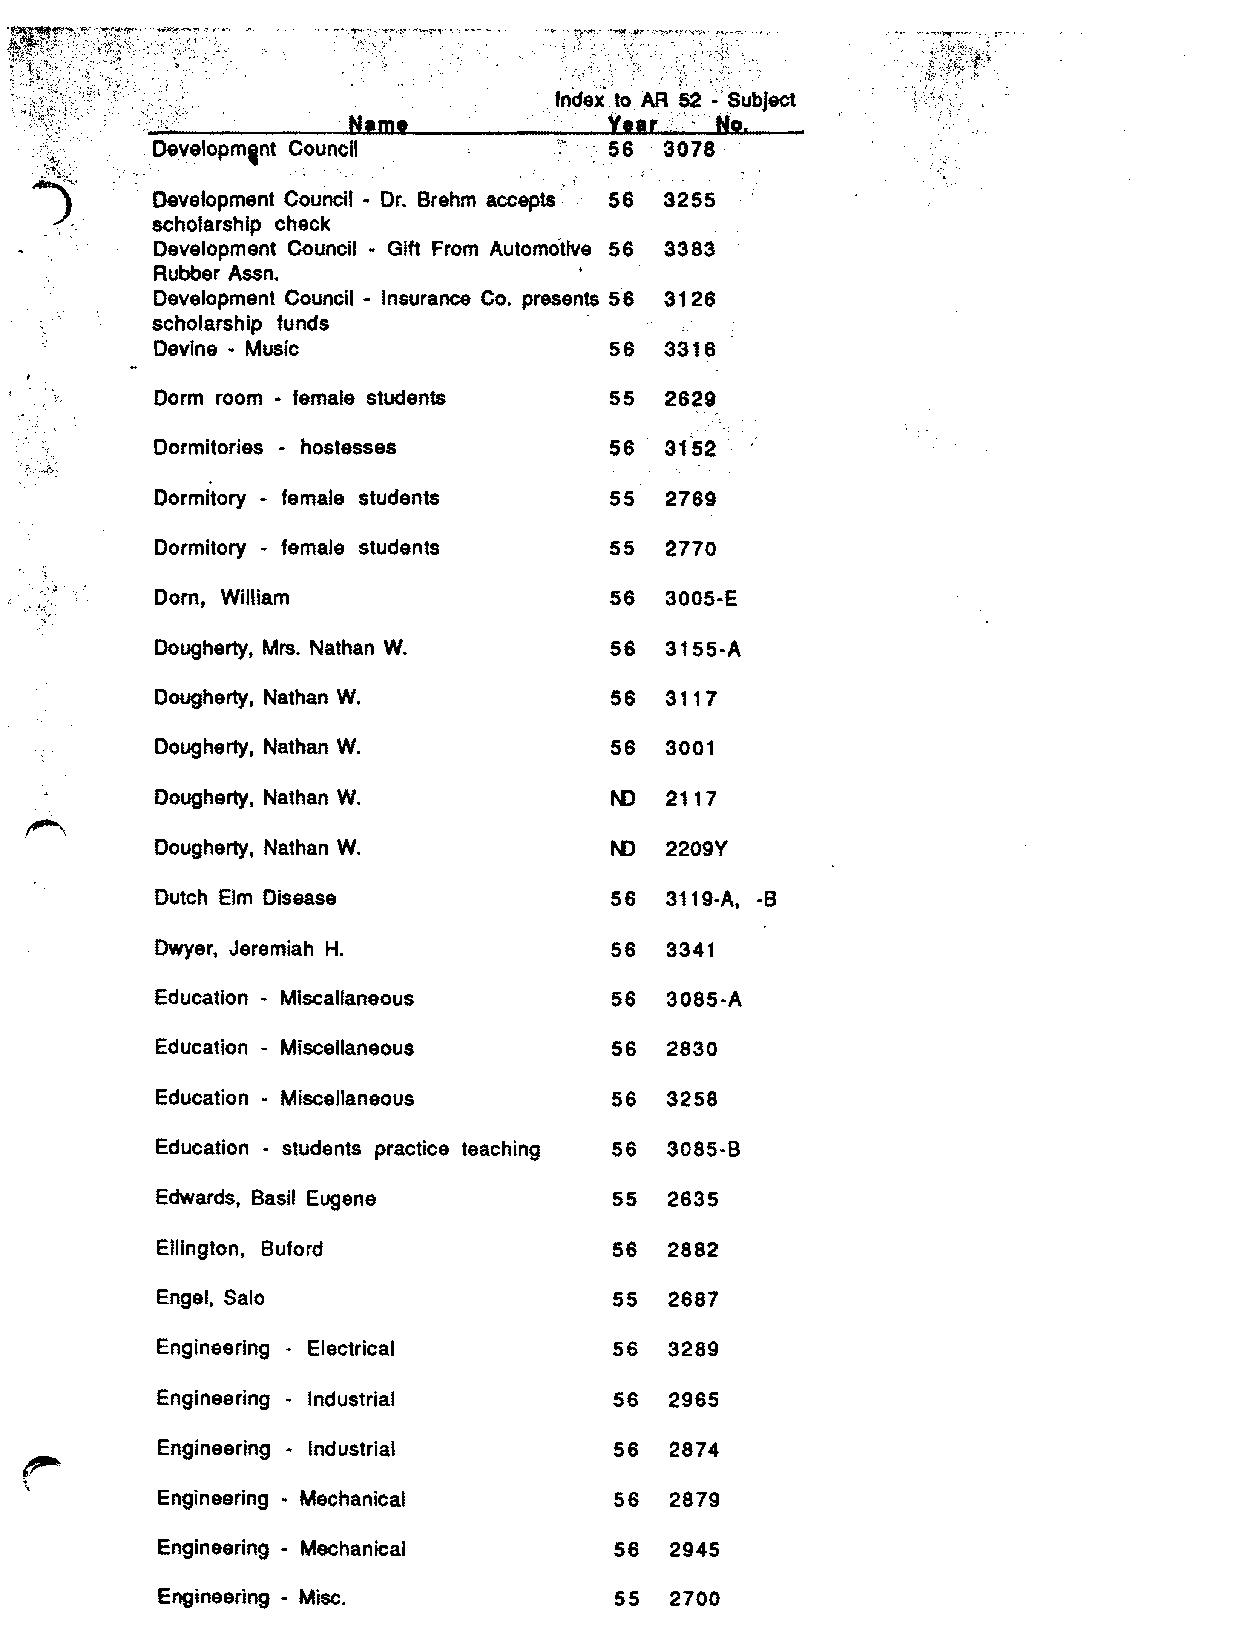
,Index to. AR 52 - Subject
 --  y• • ,
 !~No.
 Developm,nt C.ouncil          56  3078·
 n.
 Development Council - Dr. Brehm accepts' 56 3255
 scholarship check
 Development Council - Gift From Automo"tlve 56 3383
 Rubber Assn.
 Development Council - Insurance Co. presents 56 31 26
 scholarship funds
 Devine - Music                56  331 6
 Dorm room - female students   55  2629
 Dormitories - hostesses       56  31'52
 Dormitory - female students   55  2769
 Dormitory - female students   55  2770
 Dom, William                  56  3005-E
 Dougherty, Mrs. Nathan W.     56  3155-A
 Dougherty, Nathan W.          56  3117
 Dougherty, Nathan W.          56  3001
 Dougherty, Nathan W.          N)  2117
 Dougherty, Nathan W.          N)  2209Y
 Dutch Elm Disease             56  3119-A,-8
 Dwyer, Jeremiah H.            56  3341
 Education - Miscallaneous     56  3085-A
 Education - Miscellaneous     56  2830
 Education - Miscellaneous     56  3258
 Education - students practice teaching 56 3085·8
 Edwards, Basil Eugene          55 2635
 Ellington, Buford              56 2882
 Engel. Salo                    55 2687
 Engineering • Electrical       56 3289
 Engineering - Industrial       56 2965
 Engineering - Industrial       56 2874
 Engineering - Mechanical       56 2879
 Engineering - Mechanical       56 2945
 Engineering - Misc.            55 2700